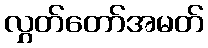
လွှတ်တော်အမတ်